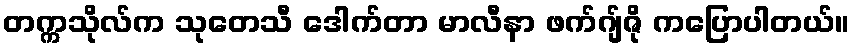
တက္ကသိုလ်က သုတေသီ ဒေါက်တာ မာလီနာ ဖက်ဂျ်ဇို ကပြောပါတယ်။